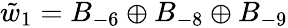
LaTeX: \tilde{w}_{1}=B_{-6}\oplus B_{-8}\oplus B_{-9}